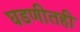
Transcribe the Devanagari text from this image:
घडणीतही